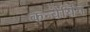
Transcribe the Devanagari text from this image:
कन्वेयिंग